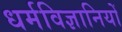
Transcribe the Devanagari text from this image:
धर्मविज्ञानियों